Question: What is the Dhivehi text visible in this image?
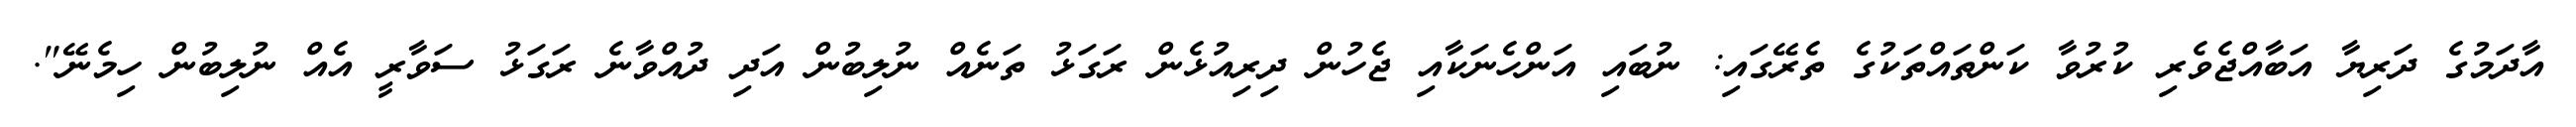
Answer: އާދަމުގެ ދަރިޔާ އަބާއްޖެވެރި ކުރުވާ ކަންތައްތަކުގެ ތެރޭގައި: ނުބައި އަންހެނަކާއި ޖެހުން ދިރިއުޅެން ރަގަޅު ތަނެއް ނުލިބުން އަދި ދުއްވާނެ ރަގަޅު ސަވާރީ އެއް ނުލިބުން ހިމެނޭ".